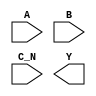
/**
 * Copyright 2020 The SkyWater PDK Authors
 *
 * Licensed under the Apache License, Version 2.0 (the "License");
 * you may not use this file except in compliance with the License.
 * You may obtain a copy of the License at
 *
 *     https://www.apache.org/licenses/LICENSE-2.0
 *
 * Unless required by applicable law or agreed to in writing, software
 * distributed under the License is distributed on an "AS IS" BASIS,
 * WITHOUT WARRANTIES OR CONDITIONS OF ANY KIND, either express or implied.
 * See the License for the specific language governing permissions and
 * limitations under the License.
 *
 * SPDX-License-Identifier: Apache-2.0
 */

`ifndef SKY130_FD_SC_HS__NOR3B_SYMBOL_V
`define SKY130_FD_SC_HS__NOR3B_SYMBOL_V

/**
 * nor3b: 3-input NOR, first input inverted.
 *
 *        Y = (!(A | B)) & !C)
 *
 * Verilog stub (without power pins) for graphical symbol definition
 * generation.
 *
 * WARNING: This file is autogenerated, do not modify directly!
 */

`timescale 1ns / 1ps
`default_nettype none

(* blackbox *)
module sky130_fd_sc_hs__nor3b (
    //# {{data|Data Signals}}
    input  A  ,
    input  B  ,
    input  C_N,
    output Y
);

    // Voltage supply signals
    supply1 VPWR;
    supply0 VGND;

endmodule

`default_nettype wire
`endif  // SKY130_FD_SC_HS__NOR3B_SYMBOL_V